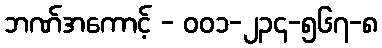
ဘဏ်အကောင့် - ၀၀၁-၂၃၄-၅၆၇-၈